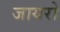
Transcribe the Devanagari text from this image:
जायरो